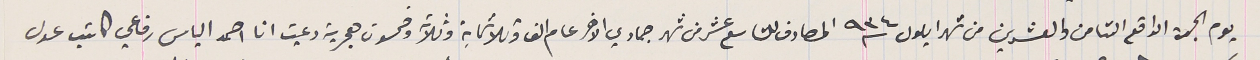
يوم الجمعة الواقع الثامن والعشرين من شهر ايلول سنة ٩٣٤ المصادف للتاسع عشر من شهر جمادي الاخر عام الف وثلاثماية وثلاث وخمسون هجرية دعيت انا احمد الياس رفاعي كاتب عدل